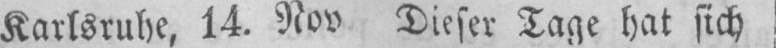
Karlsruhe, 14. Nov Dieser Tage hat sich